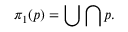
\pi _ { 1 } ( p ) = \bigcup \bigcap p .